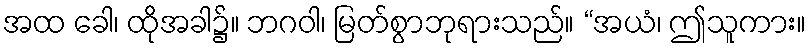
အထ ခေါ၊ ထိုအခါ၌။ ဘဂဝါ၊ မြတ်စွာဘုရားသည်။ “အယံ၊ ဤသူကား။